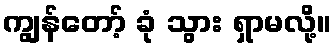
ကျွန်တော့် ခုံ သွား ရှာမလို့။